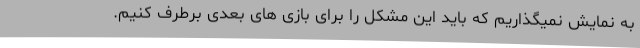
به نمایش نمیگذاریم که باید این مشکل را برای بازی های بعدی برطرف کنیم.